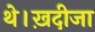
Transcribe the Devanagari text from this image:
थे।ख़दीजा